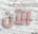
الآن